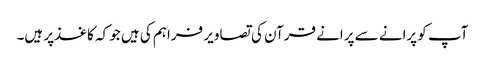
آپ کو پرانے سے پرانے قرآن کی تصاویر فراہم کی ہیں جو کہ کاغذ‌پر ہیں۔